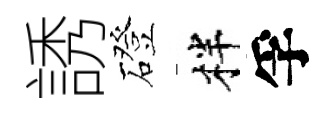
誘磴柈孚